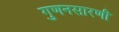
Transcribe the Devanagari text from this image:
गुणनसारणी